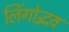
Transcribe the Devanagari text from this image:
लिंगोद्भव